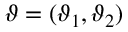
\boldsymbol { \vartheta } = ( \vartheta _ { 1 } , \vartheta _ { 2 } )